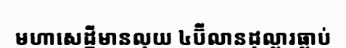
មហាសេដ្ឋីមានលុយ ៤ប៊ីលានដុល្លារធ្លាប់